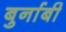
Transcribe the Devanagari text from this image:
बुर्नाबी